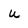
Character: u